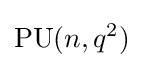
\mathrm {PU} (n,q^{2})